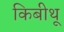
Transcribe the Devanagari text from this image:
किबीथू